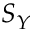
S _ { Y }